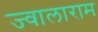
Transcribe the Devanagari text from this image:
ज्वालाराम